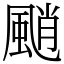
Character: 颵